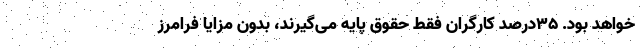
خواهد بود. ۳۵درصد کارگران فقط حقوق پایه می‌گیرند، بدون مزایا فرامرز